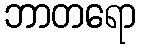
ဘာတရော